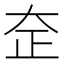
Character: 𰋞